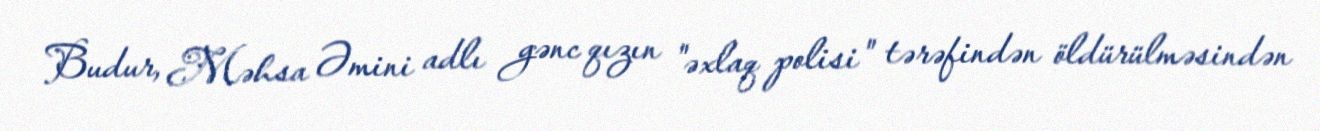
Budur, Məhsa Əmini adlı gənc qızın "əxlaq polisi" tərəfindən öldürülməsindən